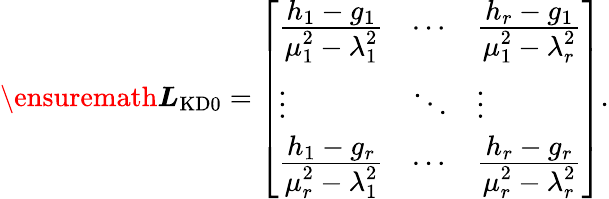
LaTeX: \ensuremath{\boldsymbol{L}}_{\mathrm{KD0}}=\left[\begin{array}{lll}{\frac{\displaystyle h_{1}-g_{1}}{\displaystyle\mu_{1}^{2}-\lambda_{1}^{2}}}&{\cdots}&{\frac{\displaystyle h_{r}-g_{1}}{\displaystyle\mu_{1}^{2}-\lambda_{r}^{2}}}\\ {\vdots}&{\ddots}&{\vdots}\\ {\frac{\displaystyle h_{1}-g_{r}}{\displaystyle\mu_{r}^{2}-\lambda_{1}^{2}}}&{\cdots}&{\frac{\displaystyle h_{r}-g_{r}}{\displaystyle\mu_{r}^{2}-\lambda_{r}^{2}}}\end{array}\right].